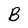
Character: B